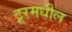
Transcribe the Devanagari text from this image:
टूरमधील